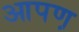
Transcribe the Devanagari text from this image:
आपण़